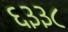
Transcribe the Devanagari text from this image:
६३३८